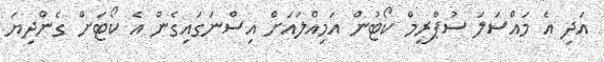
އަދި އެ މައްސަލަ ސުޕްރީމް ކޯޓުން އަމިއްލައަށް އިސްނަގައިގެން އެ ކޯޓަށް ގެންދިޔަ